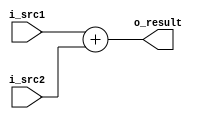
`timescale 1ns/100ps
module adder(
  input [33:0] i_src1,
  input [33:0] i_src2,
  
  output [33:0] o_result
);
  
  assign o_result = i_src1 + i_src2;

endmodule